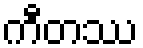
ကီတဿ